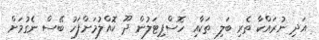
އަދި ނުރައްކާ ތެރި ބަލި ތަކާއި ހޮސްޕިޓަލުން ދޫ ކޮއްލުމަށްފަހު ބޭސް ނެެގުމަށް